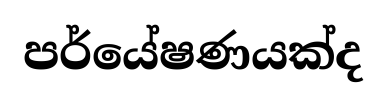
පර්යේෂණයක්ද